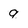
Character: q